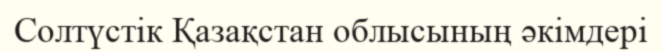
Солтүстік Қазақстан облысының әкімдері